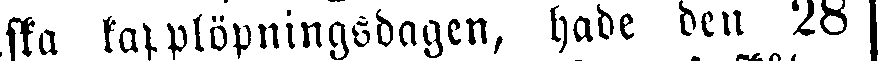
ska kapplöpningsdagen, hade den 28